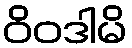
ဝိဝဒါမိ